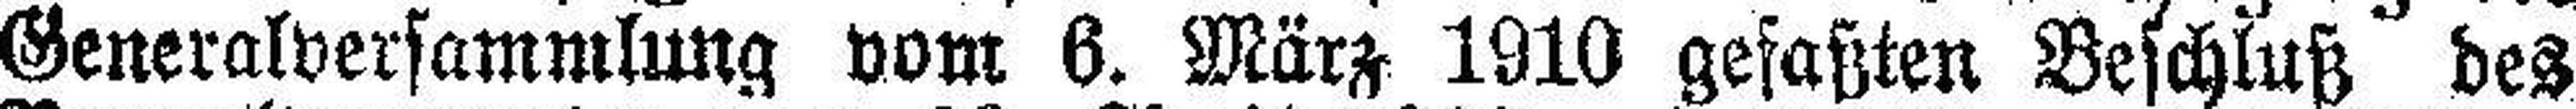
Generalversammlung vom 6. März 1910 gefaßten Beschluß des